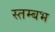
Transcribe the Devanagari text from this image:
स्तम्बभ